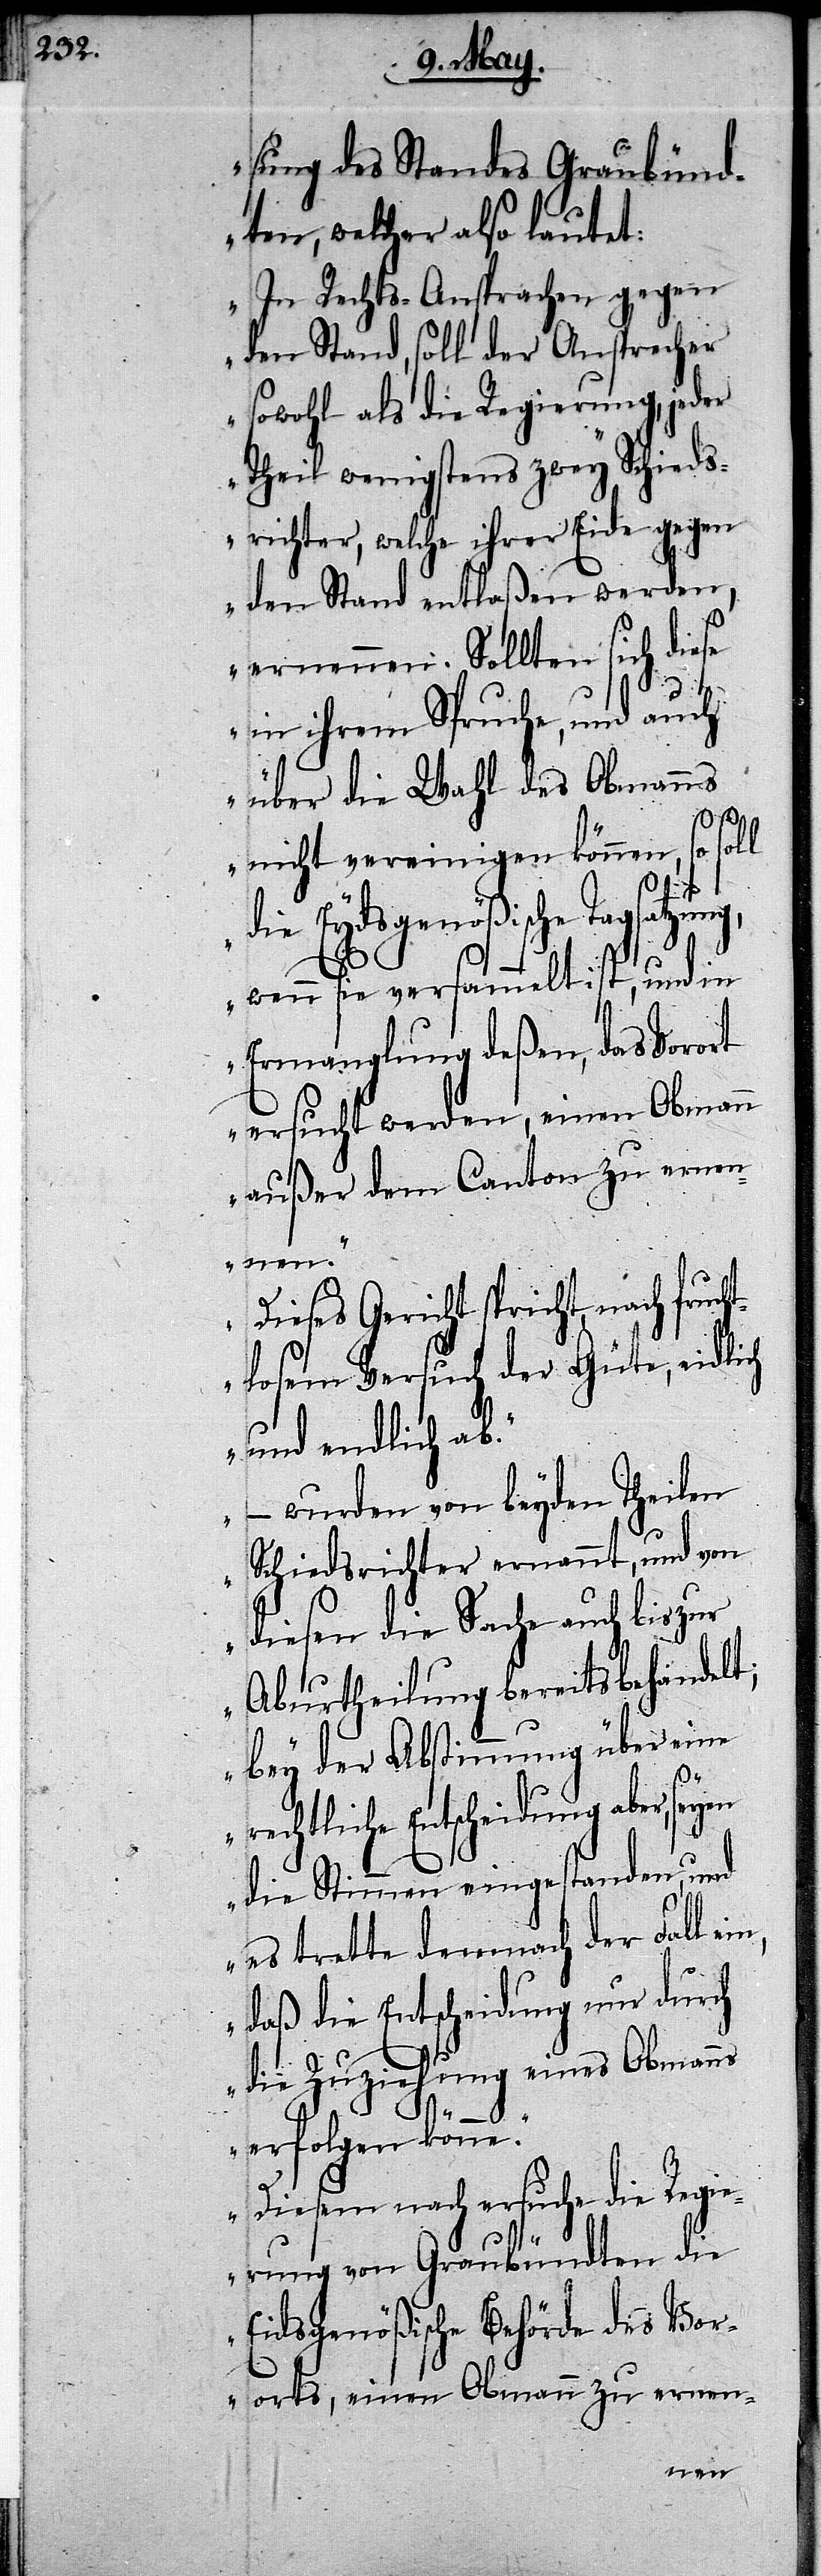
g,

sung des Standes Graubünd¬
ten, welcher also lautet:
In Rechts-Ansprachen gegen
den Stand, soll der Ansprecher
sowohl als die Regierung, jeder
Theil wenigstens zwey Schieds¬
richter, welche ihrer Eide gegen
den Stand entlaßen werden,
ernennen. Sollten sich diese
in ihrem Spruche, und auch
über die Wahl des Obmanns
nicht vereinigen können, so soll
n,
die Eydsgenößische Tagsatzun¬
wenn sie versammelt ist, und in
Ermangelung deßen, das Vorort
ersucht werden, einen Obmann
außer dem Canton zu ernen¬
nen.
Dieses Gericht spricht nach fruch¬
tlosem Versuch der Güte, eidlich
und endlich ab.
– wurden von beyden Theilen
Schiedsrichter ernannt, und von
diesen die Sache auch bis zur
Aburtheilung bereits behandelt;
bey der Abstimmung über eine
rechtliche Entscheidung aber,
die Stimmen eingestanden, und
es trette demnach der Fall ei¬
daß die Entscheidung nur durch
die Zuziehung eines Obmanns
erfolgen könne.
Diesem nach ersuche die Regi¬
erung von Graubündten die
Eidsgenößische Behörde des Vor¬
orts, einen Obmann zu ernen-